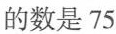
的数是75